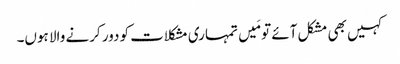
کہیں بھی مشکل آئے تو مَیں تمہاری مشکلات کو دور کرنے والا ہوں۔